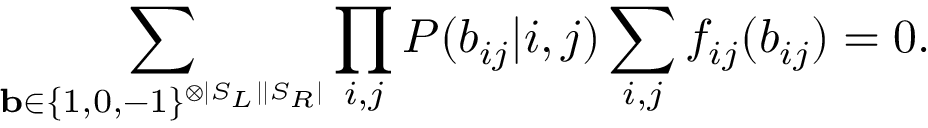
\sum _ { \mathbf { b } \in \{ 1 , 0 , - 1 \} ^ { \otimes | S _ { L } | | S _ { R } | } } \prod _ { i , j } P ( b _ { i j } | i , j ) \sum _ { i , j } f _ { i j } ( b _ { i j } ) = 0 .